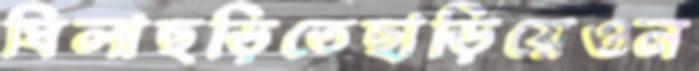
ঘিলাছড়িতেছাড়িয়েওন